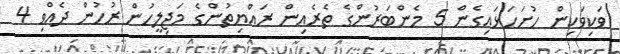
ވަކިވަކިން ހުށަހަޅައިގެން 5 މެންބަރުންގެ ތެރެއިން ރައްޔިތުންގެ މަޖިލީހުން ރުހުން ދެއްވި 4